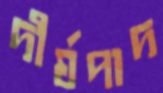
দীর্ঘপাদ